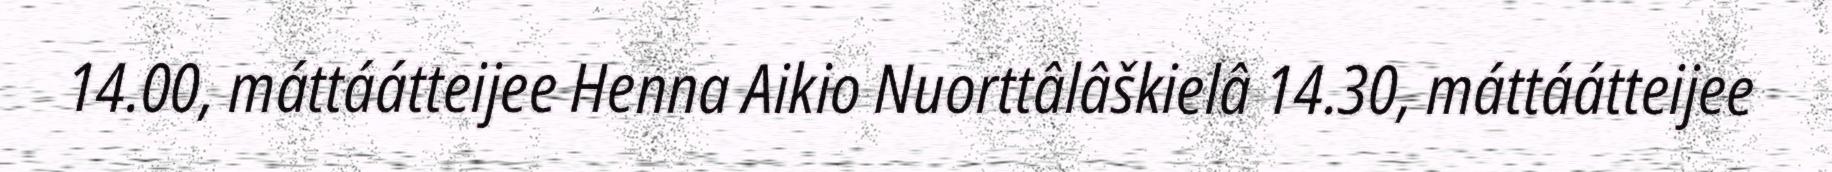
14.00, máttáátteijee Henna Aikio Nuorttâlâškielâ 14.30, máttáátteijee